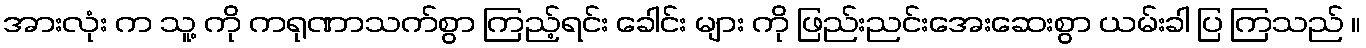
အားလုံး က သူ့ ကို ကရုဏာသက်စွာ ကြည့်ရင်း ခေါင်း များ ကို ဖြည်းညင်းအေးဆေးစွာ ယမ်းခါ ပြ ကြသည် ။